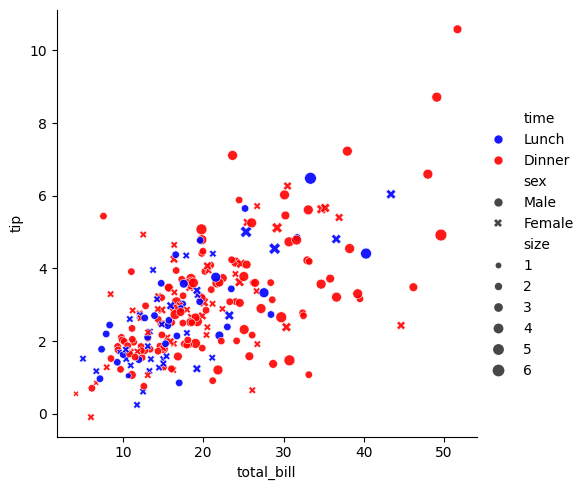
python, seaborn, relplot, alpha=0.9